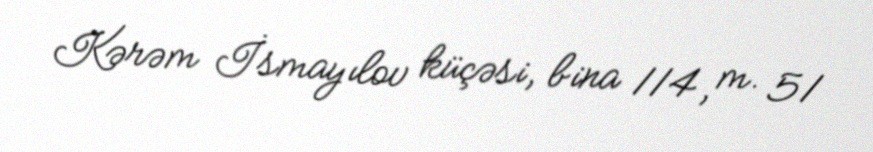
Kərəm İsmayılov küçəsi, bina 114, m. 51